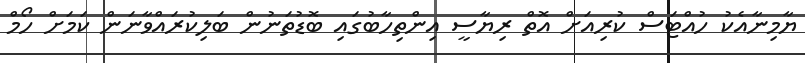
ޔާމިނާއެކު ހުއްޓަސް ކުރިއަށް އޮތް ރިޔާސީ އިންތިހާބުގައި ބޮޑުތަނުން ބަލިކުރައްވާނަން ކަމަށް ހޯމް